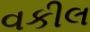
વકીલ